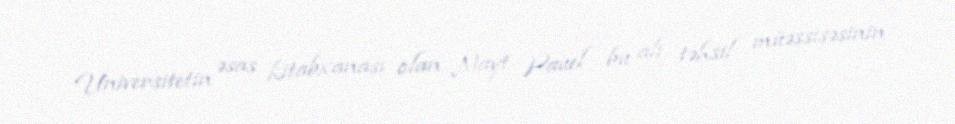
Universitetin əsas kitabxanası olan Nayt Pauel bu ali təhsil müəssisəsinin